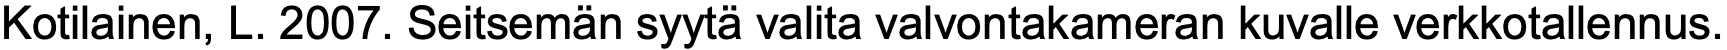
Kotilainen, L. 2007. Seitsemän syytä valita valvontakameran kuvalle verkkotallennus.